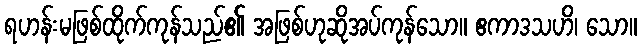
ရဟန်းမဖြစ်ထိုက်ကုန်သည်၏ အဖြစ်ဟုဆိုအပ်ကုန်သော။ ဧကာဒသဟိ၊ သော။